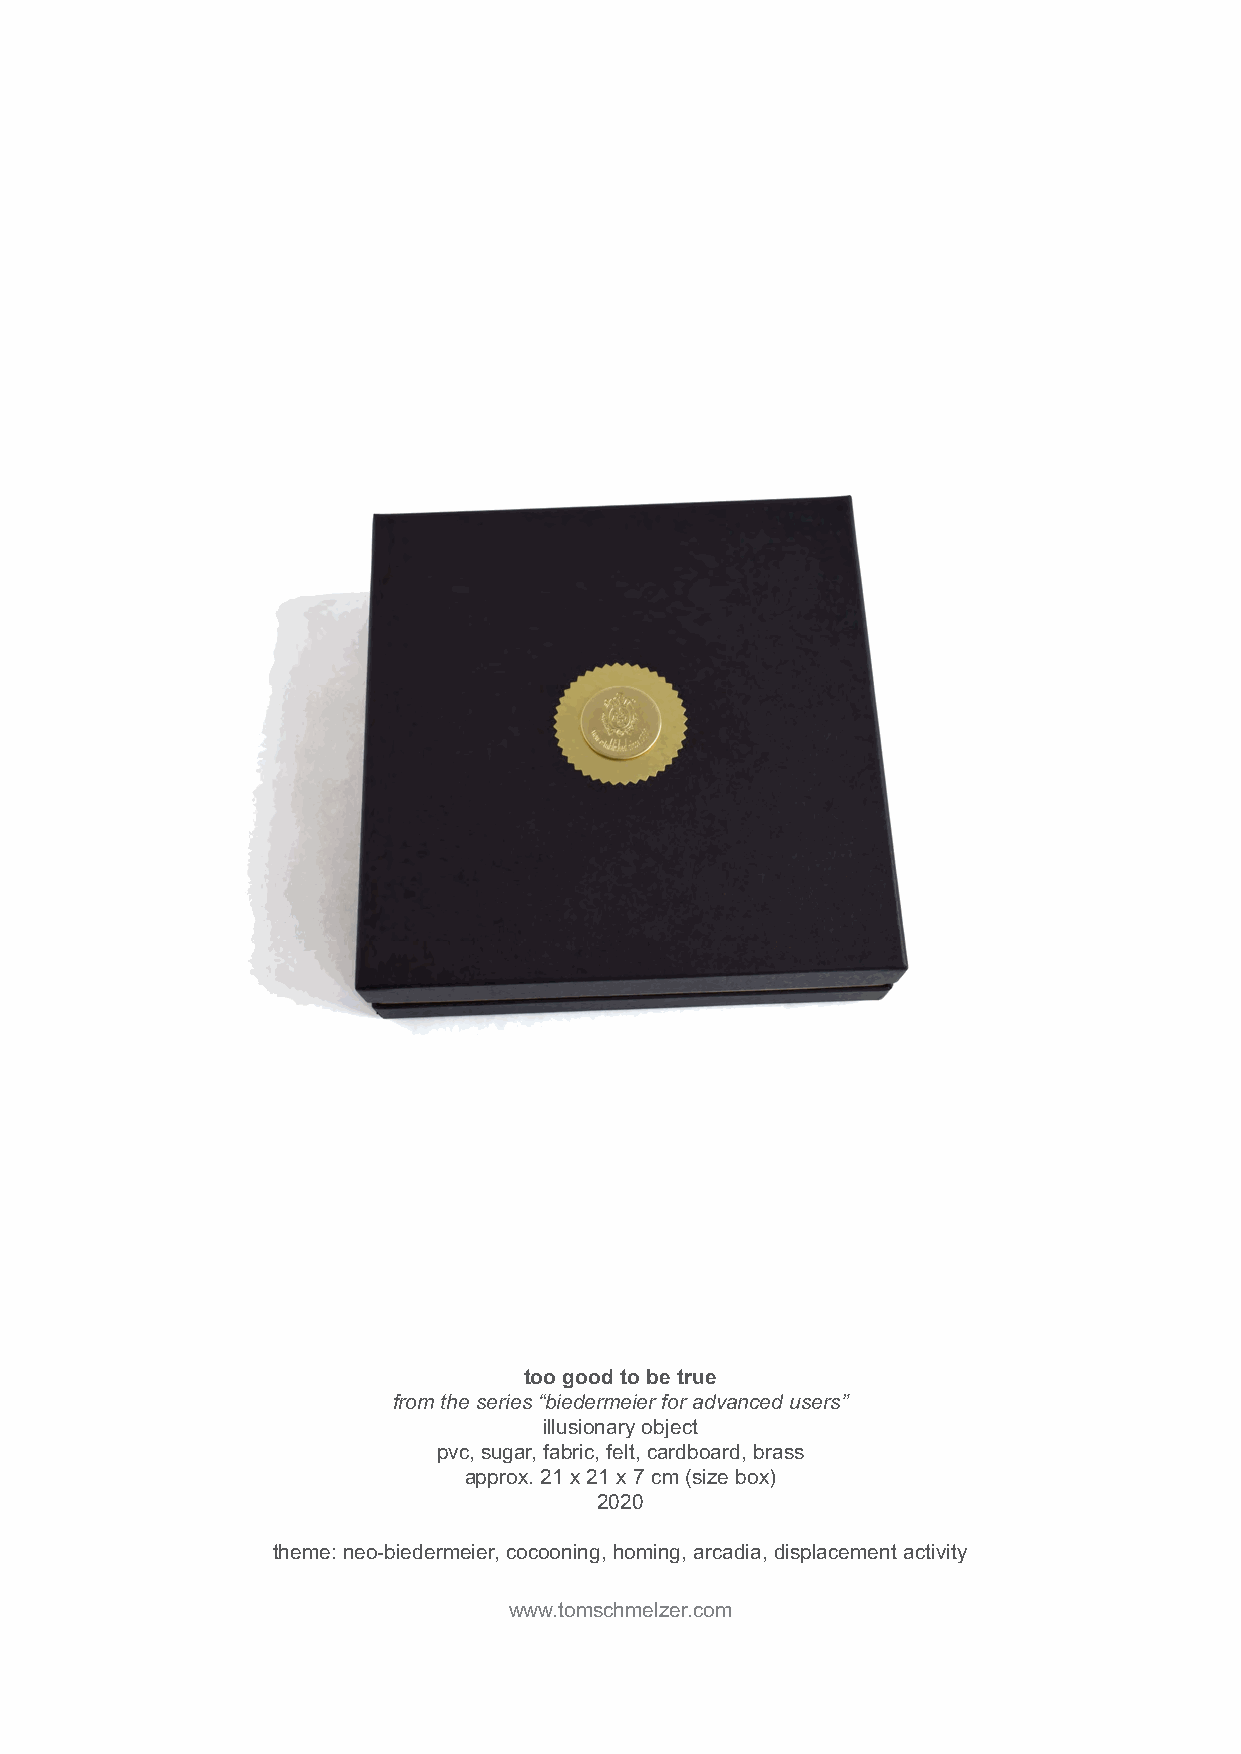
too good to be true
 from the series “biedermeier for advanced users”
 illusionary object
 pvc, sugar, fabric, felt, cardboard, brass
 approx. 21 x 21 x 7 cm (size box)
 2020
 theme: neo-biedermeier, cocooning, homing, arcadia, displacement activity
 www.tomschmelzer.com